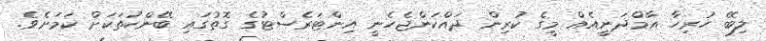
ލިބޭ ހުރިހާ އާމްދަނީއެއް މީގެ ކުރިން ދައްކަންޖެހެނީ އިންޓަރެސްޓުގެ ގޮތުގައި ބޭންކުތަކަށް ކަމަށެވެ.